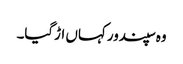
وہ سپندور کہاں اڑگیا۔